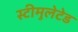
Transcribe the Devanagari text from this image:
स्टीमुलेटेड